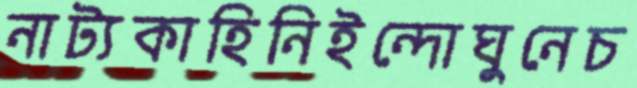
নাট্যকাহিনিইন্দোঘুনেচ